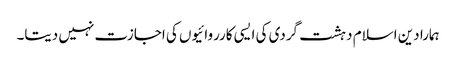
ہمارا دین اسلام دہشت گردی کی ایسی کارروائیوں کی اجازت نہیں دیتا۔